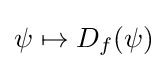
{\textstyle \psi \mapsto D_{f}(\psi )}